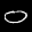
Label: 0